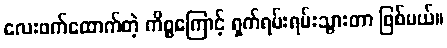
လေးဖက်ထောက်တဲ့ ကိစ္စကြောင့် ရှက်ရမ်းရမ်းသွားတာ ဖြစ်မယ်။